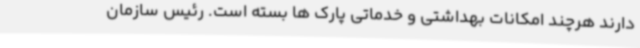
دارند هرچند امکانات بهداشتی و خدماتی پارک ها بسته است. رئیس سازمان